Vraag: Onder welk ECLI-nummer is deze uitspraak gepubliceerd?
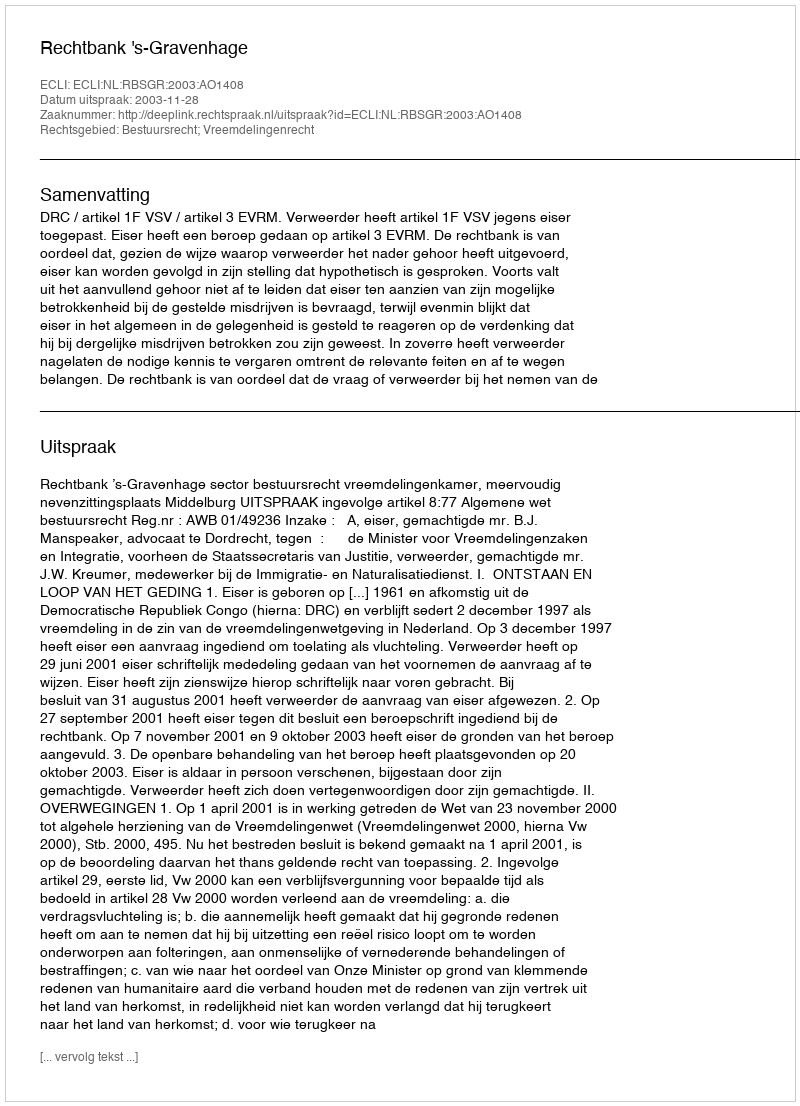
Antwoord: ECLI:NL:RBSGR:2003:AO1408